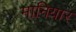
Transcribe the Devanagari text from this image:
मानियार